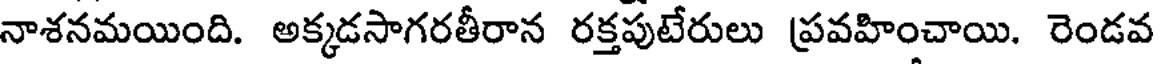
నాశనమయింది. అక్కడసాగరతీరాన రక్తపుటేరులు ప్రవహించాయి. రెండవ